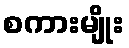
စကားမျိုး